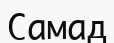
Самад